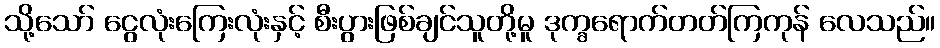
သို့သော် ငွေလုံးကြေးလုံးနှင့် စီးပွားဖြစ်ချင်သူတို့မူ ဒုက္ခရောက်တတ်ကြကုန် လေသည်။